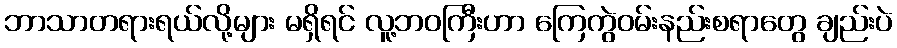
ဘာသာတရားရယ်လို့များ မရှိရင် လူ့ဘဝကြီးဟာ ကြေကွဲဝမ်းနည်းစရာတွေ ချည်းပဲ